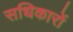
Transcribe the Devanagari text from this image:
सधिकारों